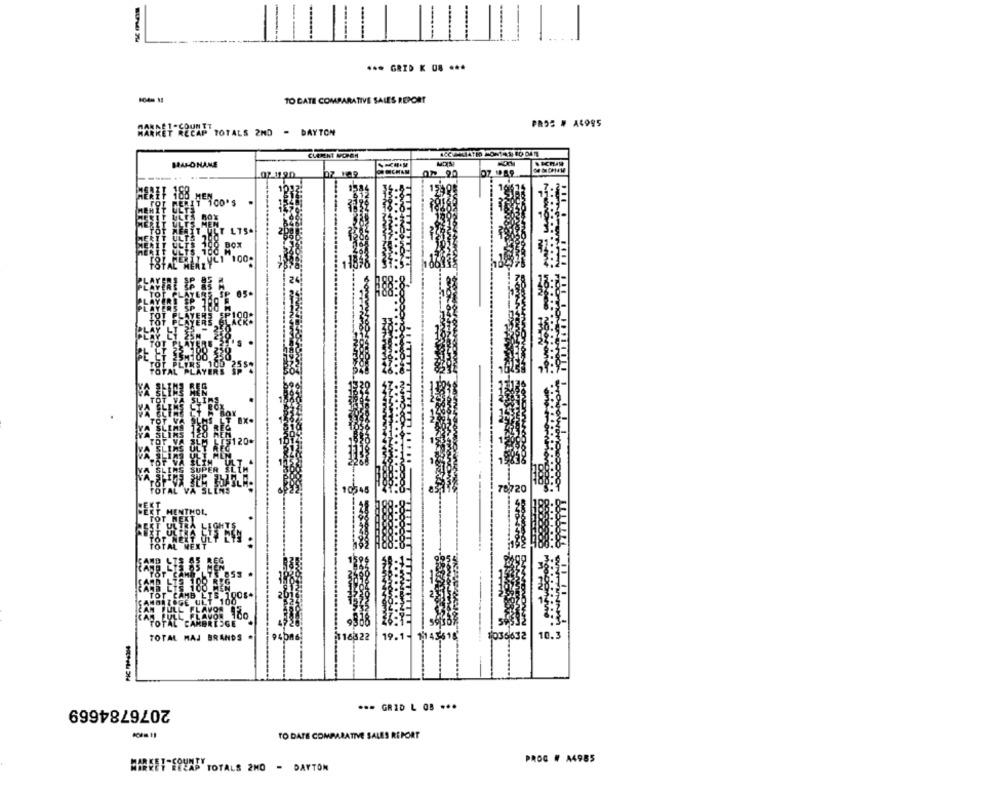
*** GRID K 08 ***
TO DATE COMPARATIVE SALES REPORT
PROS # AL995
MARKET RECAP TOTALS 2ND - DAYTON
CLEMENT VOPEN
BARONANE
02 11.90
Q> 90
07 049
1032
1584
HEN
EMIT 100'S
.
MEN
IT ULT LTS.
ULTS 700
BOX
700 M
.VL1 100.
TOTAL MER
199
1054
8720
THOL
TOT
TOTAL CARBREEGE
1035632
10.3
TOTAL MAJ BRANDS .
19.1- 1143618
2076784669
*** GRID L OB ...
TO DATE COMPARATIVE SALES REPORT
PROG # A4985